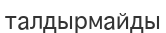
талдырмайды